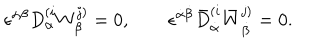
LaTeX: \epsilon ^ { \alpha \beta } D _ { \alpha } ^ { ( i } W _ { \beta } ^ { j ) } = 0 , \qquad \epsilon ^ { \dot { \alpha } \dot { \beta } } \bar { D } _ { \dot { \alpha } } ^ { ( i } \bar { W } _ { \dot { \beta } } ^ { j ) } = 0 .